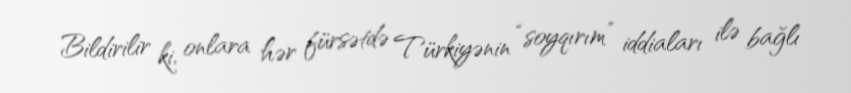
Bildirilir ki, onlara hər fürsətdə Türkiyənin “soyqırım” iddiaları ilə bağlı